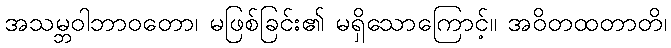
အသမ္ဘဝါဘာဝတော၊ မဖြစ်ခြင်း၏ မရှိသောကြောင့်။ အဝိတထတာတိ၊